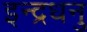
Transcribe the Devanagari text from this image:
इन्द्रधनु